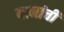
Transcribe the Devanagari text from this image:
यानांची